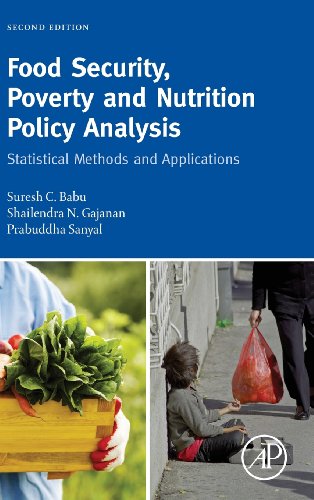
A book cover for Food Security, Poverty and Nutrition Policy Analysis, Second Edition: Statistical Methods and Applications; Suresh Babu; Medical Books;